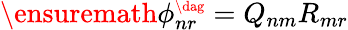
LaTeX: \ensuremath{\phi_{nr}^{\scriptscriptstyle\dag}}=Q_{nm}R_{mr}